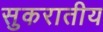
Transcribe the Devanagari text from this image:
सुकरातीय